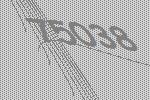
75038